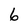
Character: 6